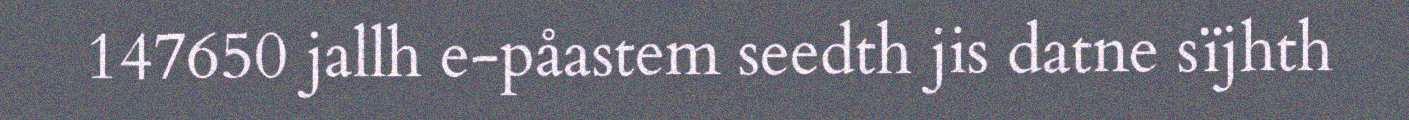
147650 jallh e-påastem seedth jis datne sïjhth